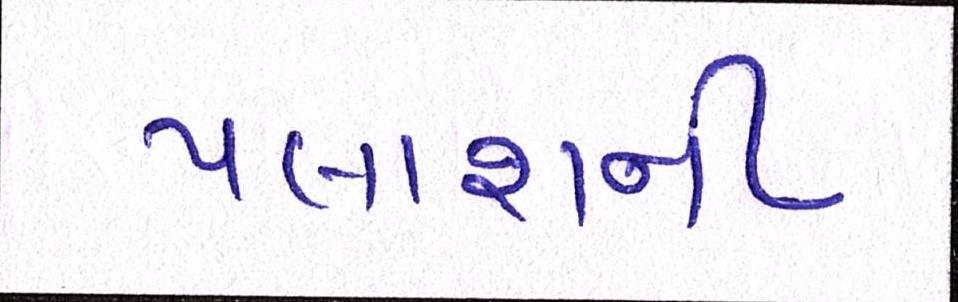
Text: પલાશની